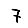
Digit: 7